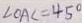
\angle O A C = 4 5 ^ { \circ }